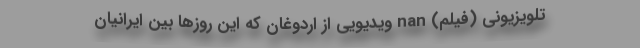
تلویزیونی (فیلم) nan ویدیویی از اردوغان که این روز‌ها بین ایرانیان